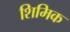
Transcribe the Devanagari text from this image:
शिमिक